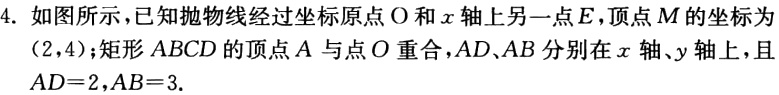
4. 如图所示，已知抛物线经过坐标原点\(O\)和\(x\)轴上另一点\(E\)，顶点\(M\)的坐标为\((2,4)\)；矩形\(ABCD\)的顶点\(A\)与点\(O\)重合，\(AD、AB\)分别在\(x\)轴、\(y\)轴上，且\(AD = 2\)，\(AB = 3\)。